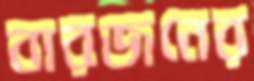
বারজনের